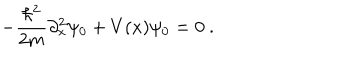
- { \frac { \hbar ^ { 2 } } { 2 m } } \partial _ { x } ^ { 2 } \psi _ { 0 } + V ( x ) \psi _ { 0 } = 0 ~ .